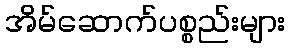
အိမ်ဆောက်ပစ္စည်းများ